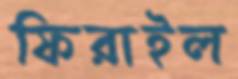
ফিরাইল